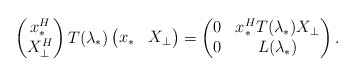
\begin{align*}\begin{pmatrix}x_{*}^{H} \\X_{\bot}^{H} \\\end{pmatrix}T(\lambda_{*})\begin{pmatrix}x_{*} & X_{\bot} \\\end{pmatrix}=\begin{pmatrix}0 & x_{*}^{H}T(\lambda_{*})X_{\bot}\\0 & L(\lambda_{*}) \\\end{pmatrix}.\end{align*}